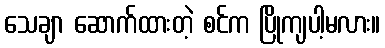
သေချာ ဆောက်ထားတဲ့ စင်က ပြိုကျပါ့မလား။